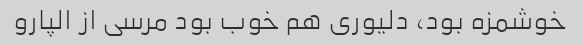
خوشمزه بود، دلیوری هم خوب بود مرسی از الپارو